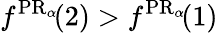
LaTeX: f^{\operatorname{PR}_{\alpha}\! }(2)>f^{\operatorname{PR}_{\alpha}\! }(1)